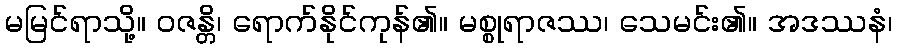
မမြင်ရာသို့။ ဝဇန္တိ၊ ရောက်နိုင်ကုန်၏။ မစ္စုရာဇဿ၊ သေမင်း၏။ အဒဿနံ၊